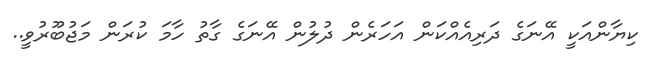
ކިޔާންއަކީ އޭނަގެ ދަރިއެއްކަން އަހަރެން ދުލުން އޭނަގެ ގާތު ހާމަ ކުރަން މަޖުބޫރުވީ..